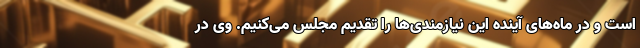
است و در ماه‌های آینده این نیازمندی‌ها را تقدیم مجلس می‌کنیم. وی در